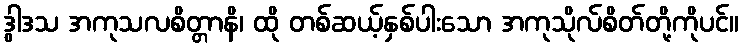
ဒွါဒသ အကုသလစိတ္တာနိ၊ ထို တစ်ဆယ့်နှစ်ပါးသော အကုသိုလ်စိတ်တို့ကိုပင်။